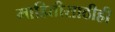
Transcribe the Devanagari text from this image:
माहितीसाठीही